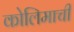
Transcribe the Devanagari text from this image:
कोलिमाची